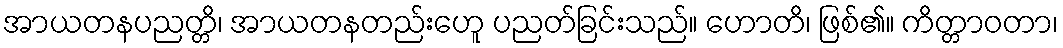
အာယတနပညတ္တိ၊ အာယတနတည်းဟေူ ပညတ်ခြင်းသည်။ ဟောတိ၊ ဖြစ်၏။ ကိတ္တာဝတာ၊